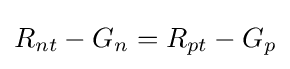
R_{nt}-G_{n}=R_{pt}-G_{p}